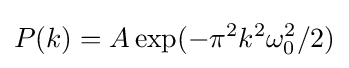
P(k)=A\exp(-\pi ^{2}k^{2}\omega _{0}^{2}/2)